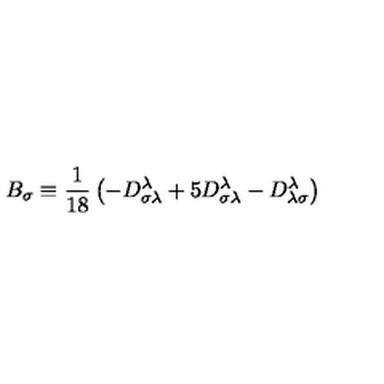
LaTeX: B _ { \sigma } \equiv \frac { 1 } { 1 8 } \left( - D _ { \sigma \lambda } ^ { \lambda } + 5 D _ { \sigma \lambda } ^ { \lambda } - D _ { \lambda \sigma } ^ { \lambda } \right)